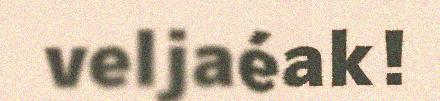
veljaéak!